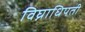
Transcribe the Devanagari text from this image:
विघ्नाधिपती